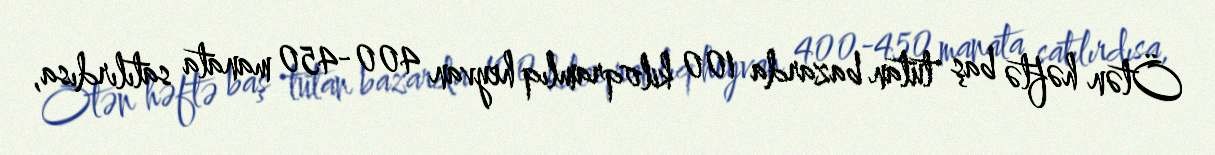
Ötən həftə baş tutan bazarda 100 kiloqramlıq heyvan 400-450 manata satılırdısa,